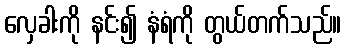
လှေခါးကို နင်း၍ နံရံကို တွယ်တက်သည်။